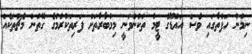
ނިމުނު ހަފްތާގައި ވެސް އައްޑޫގެ ޓީމު ތަކުންވަނީ މިމުބާރާތަަށް ފަރިތަކުރުމުގެ ގޮތުން މެޗުތަކެއް